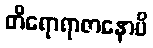
တိရောရာဇာနောပိ